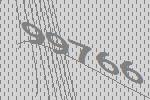
99766